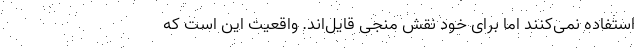
استفاده نمی‌کنند اما برای خود نقش منجی قایل‌اند. واقعیت این است که